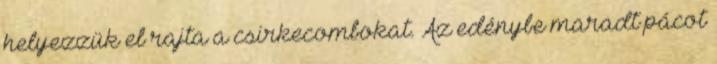
helyezzük el rajta a csirkecombokat. Az edénybe maradt pácot